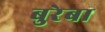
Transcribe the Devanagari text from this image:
बुरेबा